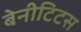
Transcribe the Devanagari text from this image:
बेनीटिटस